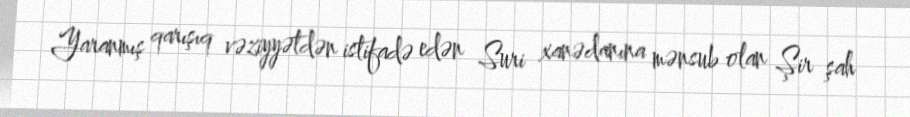
Yaranmış qarışıq vəziyyətdən istifadə edən Suri xanədanına mənsub olan Şir şah